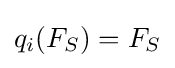
q_{i}(F_{S})=F_{S}